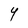
Character: Y